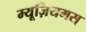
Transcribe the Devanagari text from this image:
म्यूज़ियमस्